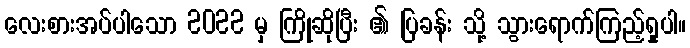
လေးစားအပ်ပါသော 2022 မှ ကြိုဆိုပြီး ၏ ပြခန်း သို့ သွားရောက်ကြည့်ရှုပါ။